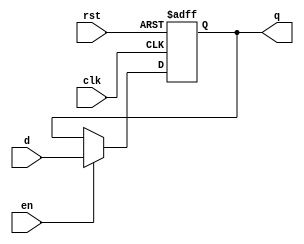
module d_ff (
    input wire clk,       // Clock input
    input wire rst,       // Asynchronous reset
    input wire en,        // Enable signal
    input wire d,         // Data input
    output reg q          // Data output
);

// Always block that triggers on the rising edge of the clock
always @(posedge clk or posedge rst) begin
    if (rst) begin
        // Asynchronous reset
        q <= 1'b0;       // Reset output to 0
    end else if (en) begin
        // Capture input data on clock edge when enabled
        q <= d;         // Update output with the input data
    end
    // If not enabled, output retains its previous value
end

endmodule